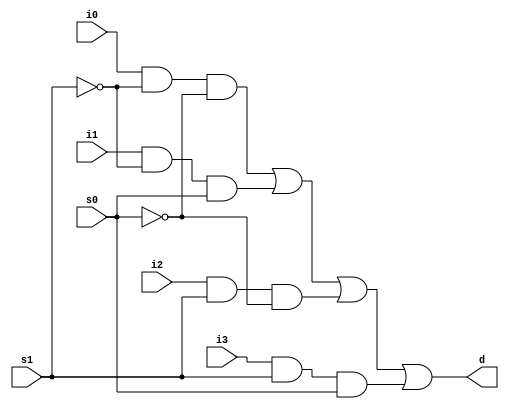
`timescale 1ns / 1ps

module Mux_structural(
    input s1,
    input s0,
    input i0,
    input i1,
    input i2,
    input i3,
    output d
    );
    
    //defining wires for not signals
    wire s1_not, s0_not;
    //defining wires into or gate
    wire d0, d1, d2, d3;
    
    //instantiating not gates as per the schematic
    not n0 (s0_not, s0);
    not n1 (s1_not, s1);
    
    //instantiating and gates as per the schematic
    and g0 (d0, i0, s1_not, s0_not);
    and g1 (d1, i1, s1_not, s0);
    and g2 (d2, i2, s1, s0_not);
    and g3 (d3, i3, s1, s0);
    or g4 (d, d0, d1, d2, d3);
    
endmodule